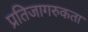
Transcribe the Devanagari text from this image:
प्रतिजागरुकता